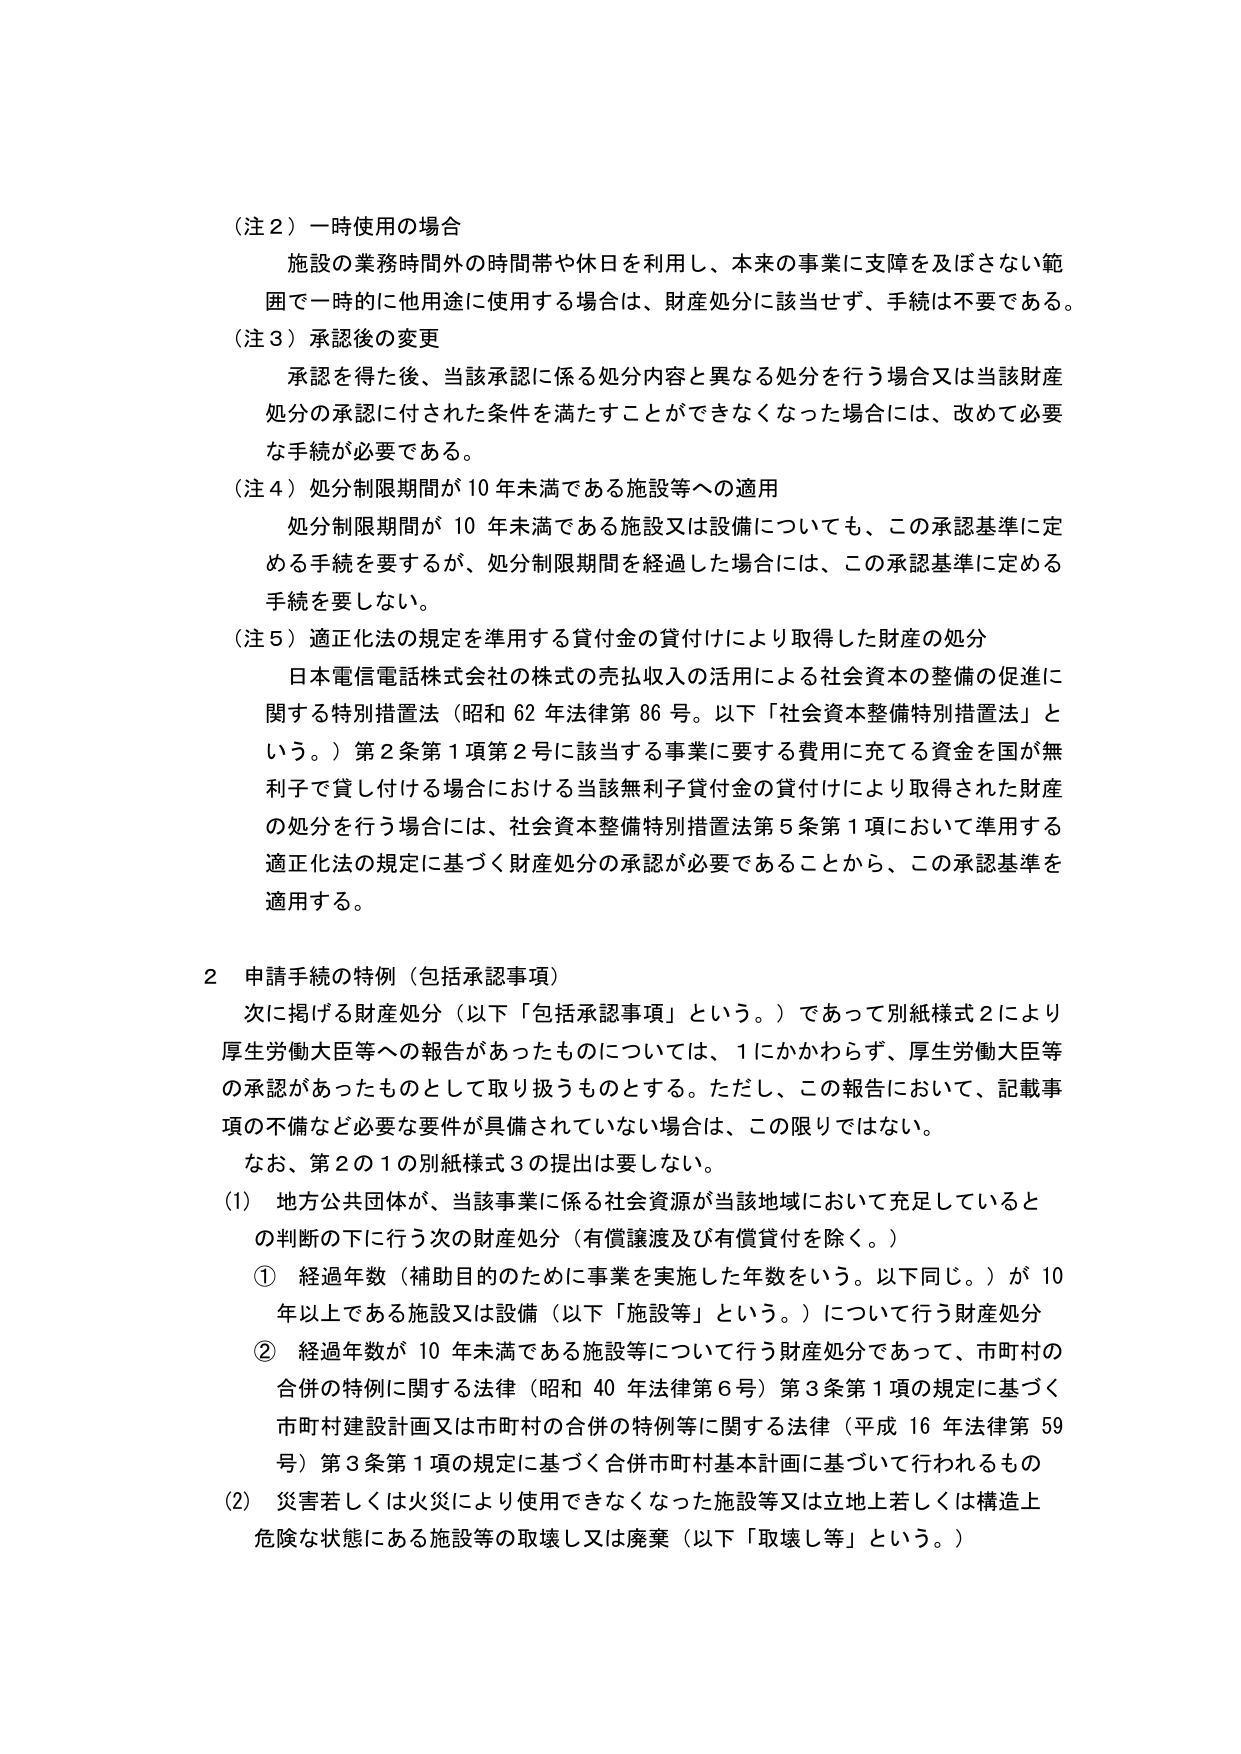
（注２）一時使用の場合
施設の業務時間外の時間帯や休日を利用し、本来の事業に支障を及ぼさない範囲で一時的に他用途に使用する場合は、財産処分に該当せず、手続は不要である。

（注３）承認後の変更
承認を得た後、当該承認に係る処分内容と異なる処分を行う場合又は当該財産処分の承認に付された条件を満たすことができなくなった場合には、改めて必要な手続が必要である。

（注４）処分制限期間が10年未満である施設等への適用
処分制限期間が10年未満である施設又は設備についても、この承認基準に定める手続を要するが、処分制限期間を経過した場合には、この承認基準に定める手続を要しない。

（注５）適正化法の規定を準用する貸付金の貸付けにより取得した財産の処分
日本電信電話株式会社の株式の売払収入の活用による社会資本の整備の促進に関する特別措置法（昭和62年法律第86号。以下「社会資本整備特別措置法」という。）第2条第1項第2号に該当する事業に要する費用に充てる資金を国が無利子で貸し付ける場合における当該無利子貸付金の貸付けにより取得された財産の処分を行う場合には、社会資本整備特別措置法第5条第1項において準用する適正化法の規定に基づく財産処分の承認が必要であることから、この承認基準を適用する。

２ 申請手続の特例（包括承認事項）
次に掲げる財産処分（以下「包括承認事項」という。）であって別紙様式2により厚生労働大臣等への報告があったものについては、1にかかわらず、厚生労働大臣等の承認があったものとして取り扱うものとする。ただし、この報告において、記載事項の不備など必要な要件が具備されていない場合は、この限りではない。
なお、第2の1の別紙様式3の提出は要しない。

（1）地方公共団体が、当該事業に係る社会資源が当該地域において充足しているとの判断の下に行う次の財産処分（有償譲渡及び有償貸付を除く。）
① 経過年数（補助目的のために事業を実施した年数をいう。以下同じ。）が10年以上である施設又は設備（以下「施設等」という。）について行う財産処分
② 経過年数が10年未満である施設等について行う財産処分であって、市町村の合併の特例に関する法律（昭和40年法律第6号）第3条第1項の規定に基づく市町村建設計画又は市町村の合併の特例等に関する法律（平成16年法律第59号）第3条第1項の規定に基づく合併市町村基本計画に基づいて行われるもの

（2）災害若しくは火災により使用できなくなった施設等又は立地上若しくは構造上危険な状態にある施設等の取壊し又は廃棄（以下「取壊し等」という。）